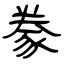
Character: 豢